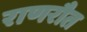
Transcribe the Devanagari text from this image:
राणरौत